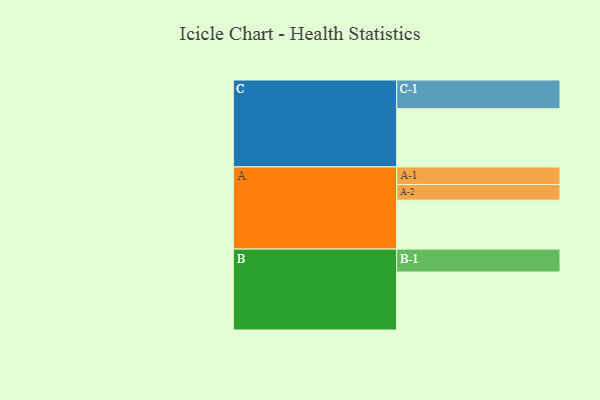
{"axis": {"x": "Segment", "y": "Value"}, "legend": ["", "A", "B", "C"], "data": [{"x": "A", "y": 380, "type": ""}, {"x": "B", "y": 450, "type": ""}, {"x": "C", "y": 452, "type": ""}, {"x": "A-1", "y": 136, "type": "A"}, {"x": "A-2", "y": 122, "type": "A"}, {"x": "B-1", "y": 178, "type": "B"}, {"x": "C-1", "y": 223, "type": "C"}]}